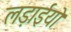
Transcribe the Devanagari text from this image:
लड़ाईयो